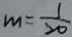
m = \frac { 1 } { 2 0 }